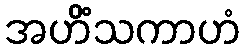
အဟိံသကာဟံ